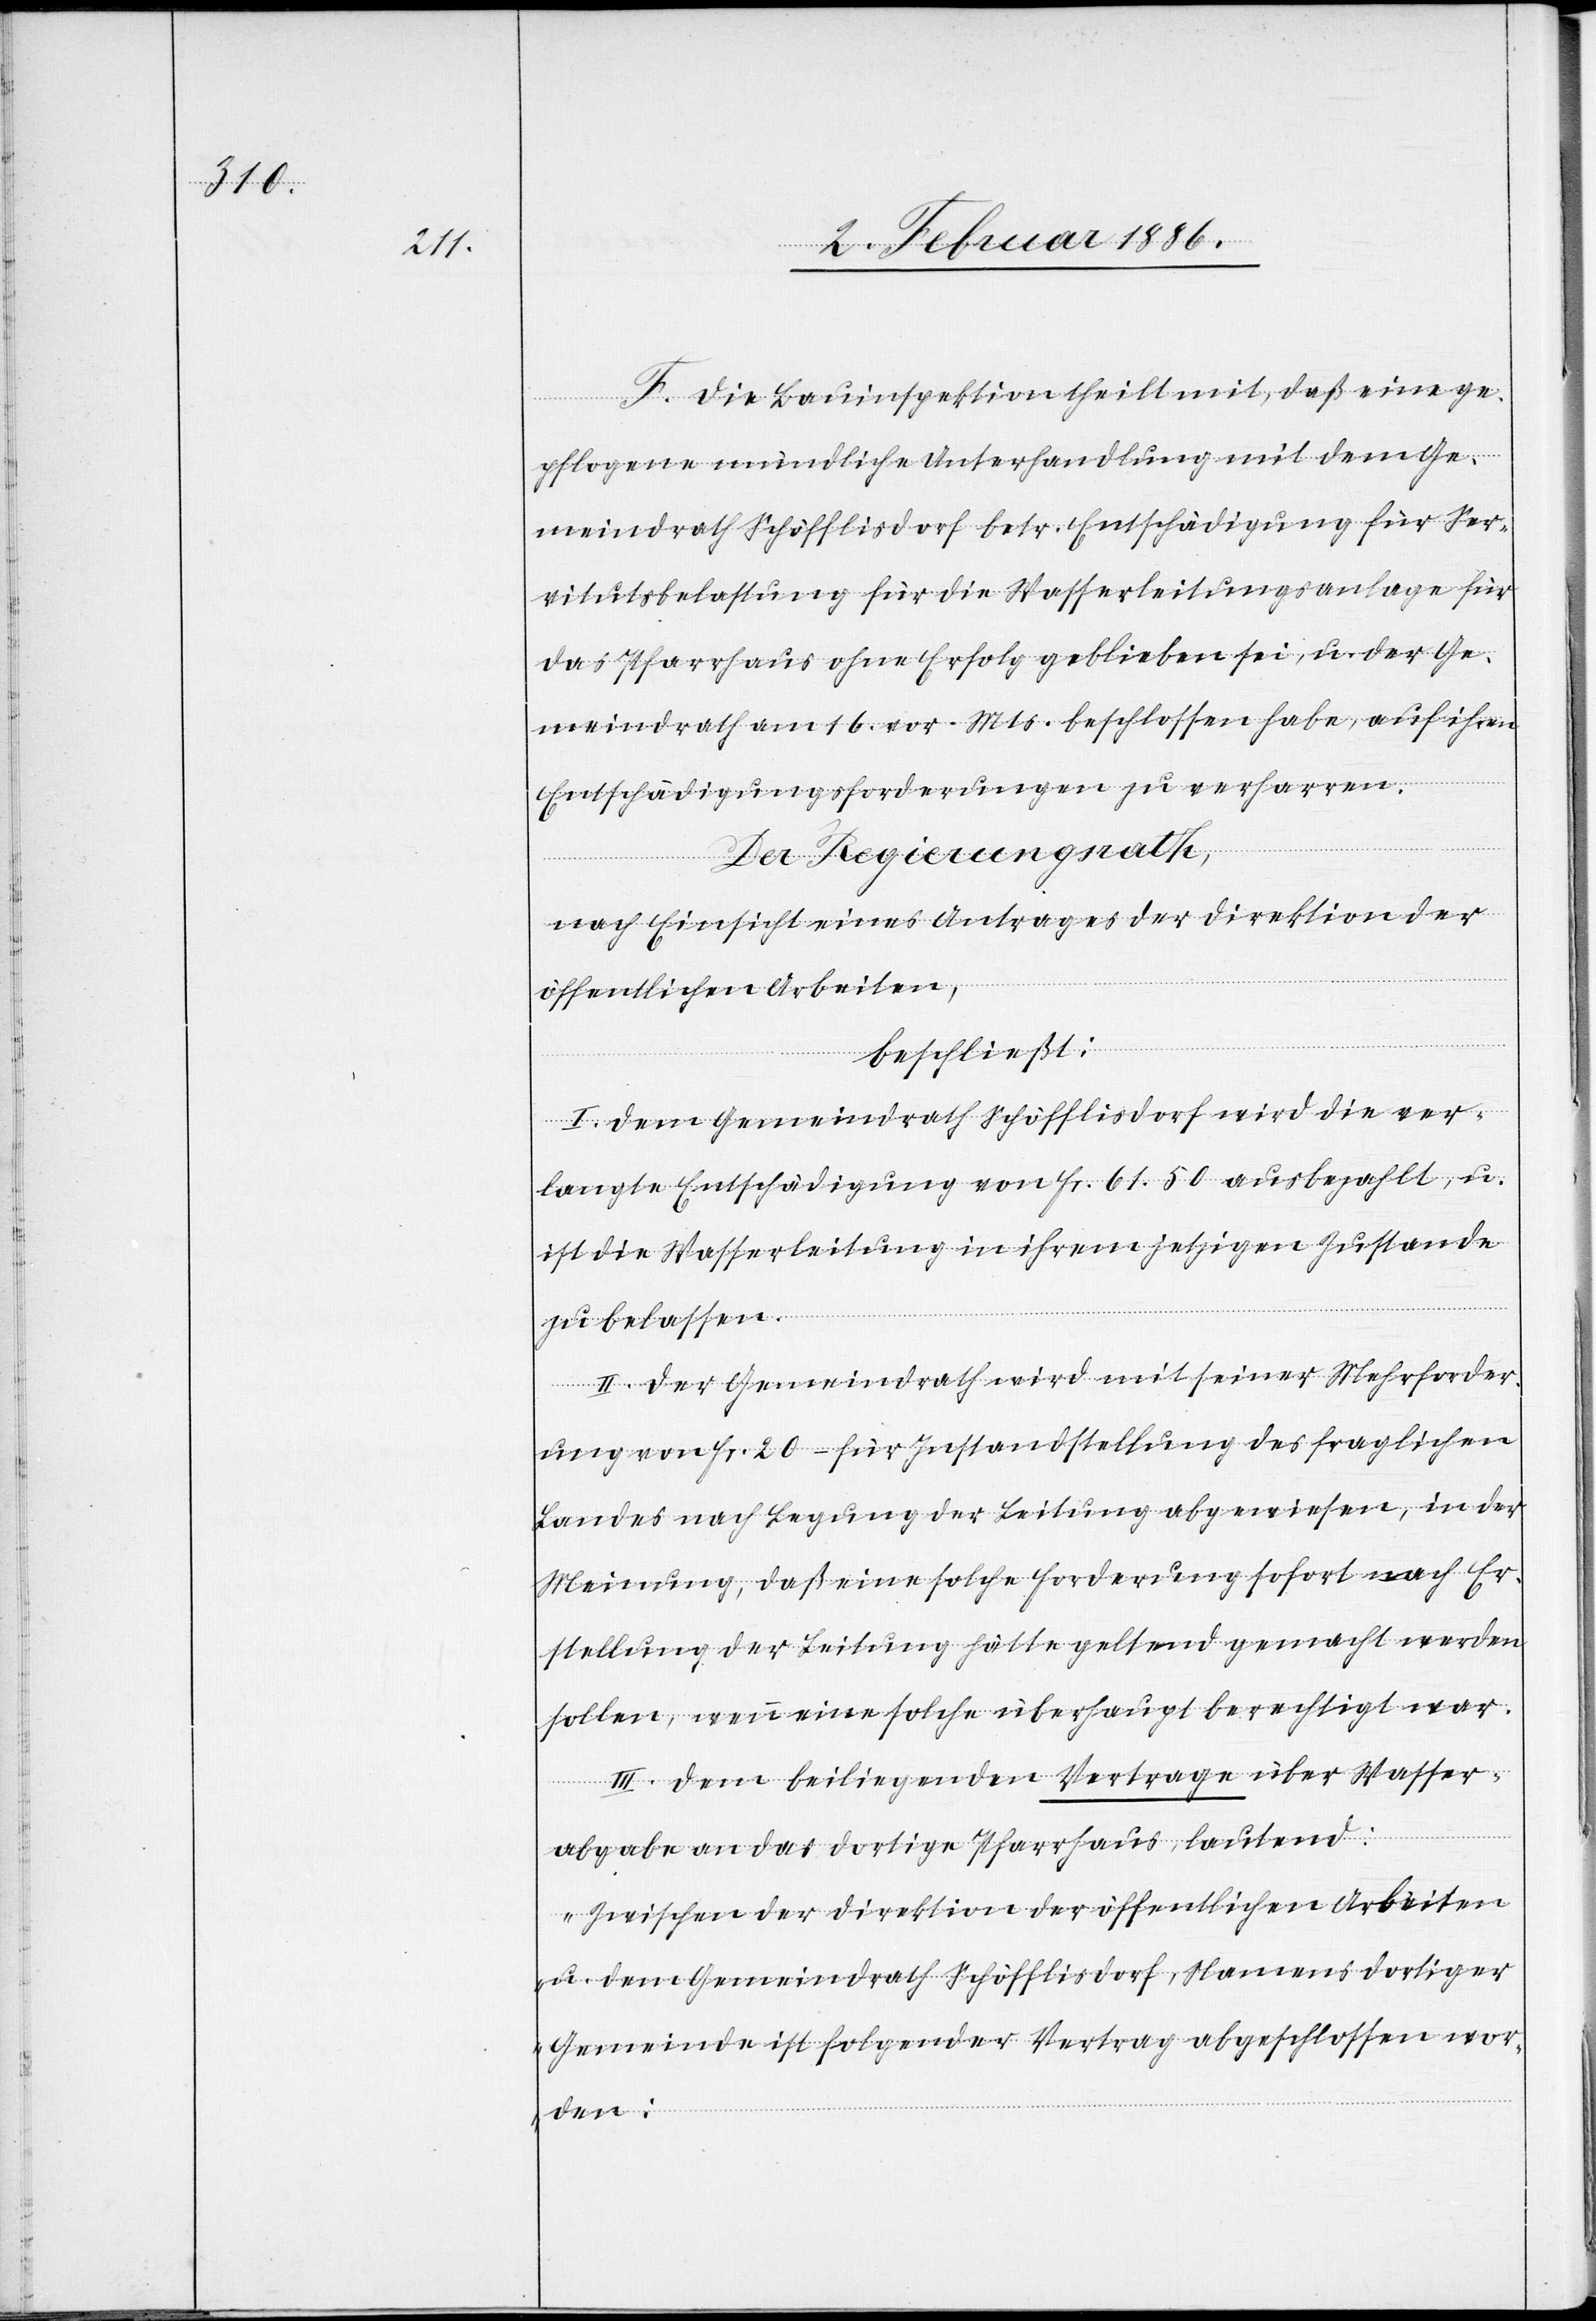
F. Die Bauinspektion theilt mit, daß eine ge¬
pflogene mündliche Unterhandlung mit dem Ge¬
meindrath Schöfflisdorf betr. Entschädigung für Ser¬
vitutsbelastung für die Wasserleitungsanlage für
das Pfarrhaus ohne Erfolg geblieben sei, u. der Ge¬
meindrath am 16. vor. Mts. beschlossen habe, auf ihren
Entschädigungsforderungen zu verharren.
nach Einsicht eines Antrages der Direktion der
öffentlichen Arbeiten,
beschließt:
I. Dem Gemeindrath Schöfflisdorf wird die ver¬
langte Entschädigung von Fr. 61. 50 ausbezahlt, u.
ist die Wasserleitung in ihrem jetzigen Zustande
Der
zu belassen.
II. Der Gemeindrath wird mit seiner Mehrforder¬
ung von Fr. 20.– für Instandstellung des fraglichen
Landes nach Legung der Leitung abgewiesen, in der
Meinung, daß eine solche Forderung sofort nach Er¬
stellung der Leitung hätte geltend gemacht werden
sollen, wenn eine solche überhaupt berechtigt war.
III. Dem beiliegenden Vertrage über Wasser¬
abgabe an das dortige Pfarrhaus, lautend:
„Zwischen der Direktion der öffentlichen Arbeiten
u. dem Gemeindrath Schöfflisdorf, Namens dortiger
Gemeinde ist folgender Vertrag abgeschlossen wor¬
den: